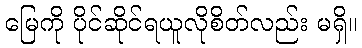
မြေကို ပိုင်ဆိုင်ရယူလိုစိတ်လည်း မရှိ။